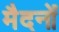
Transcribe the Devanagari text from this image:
मैदनों